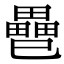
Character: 𢁐